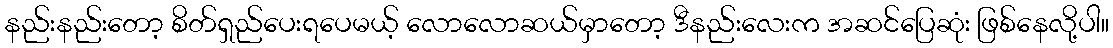
နည်းနည်းတော့ စိတ်ရှည်ပေးရပေမယ့် လောလောဆယ်မှာတော့ ဒီနည်းလေးက အဆင်ပြေဆုံး ဖြစ်နေလို့ပါ။